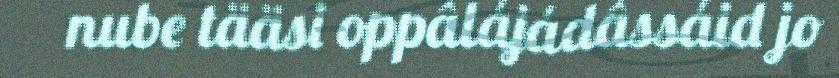
nube tääsi oppâlájádâssáid jo